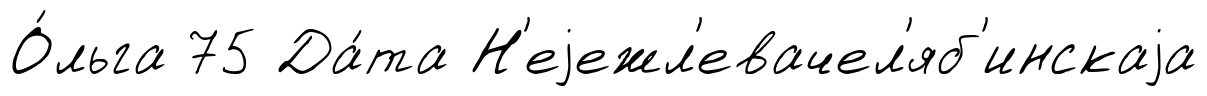
О́льга 75 Да́та Н'еjежл'евачел'яб'инскаjа